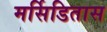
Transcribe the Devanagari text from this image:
मर्सिडितास